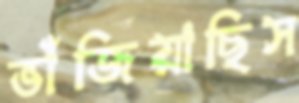
ভাঁজিয়াছিস